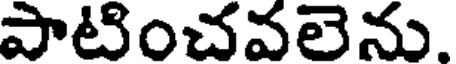
పాటించవలెను.